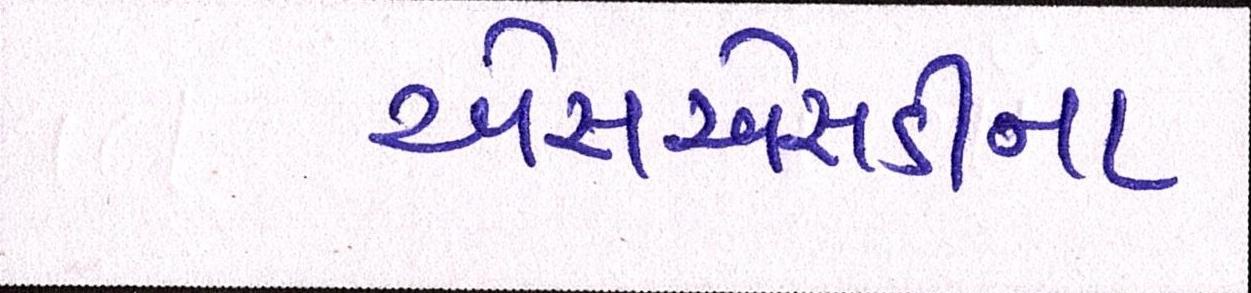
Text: એસએસડીના